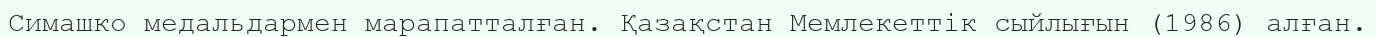
Симашко медальдармен марапатталған. Қазақстан Мемлекеттік сыйлығын (1986) алған.